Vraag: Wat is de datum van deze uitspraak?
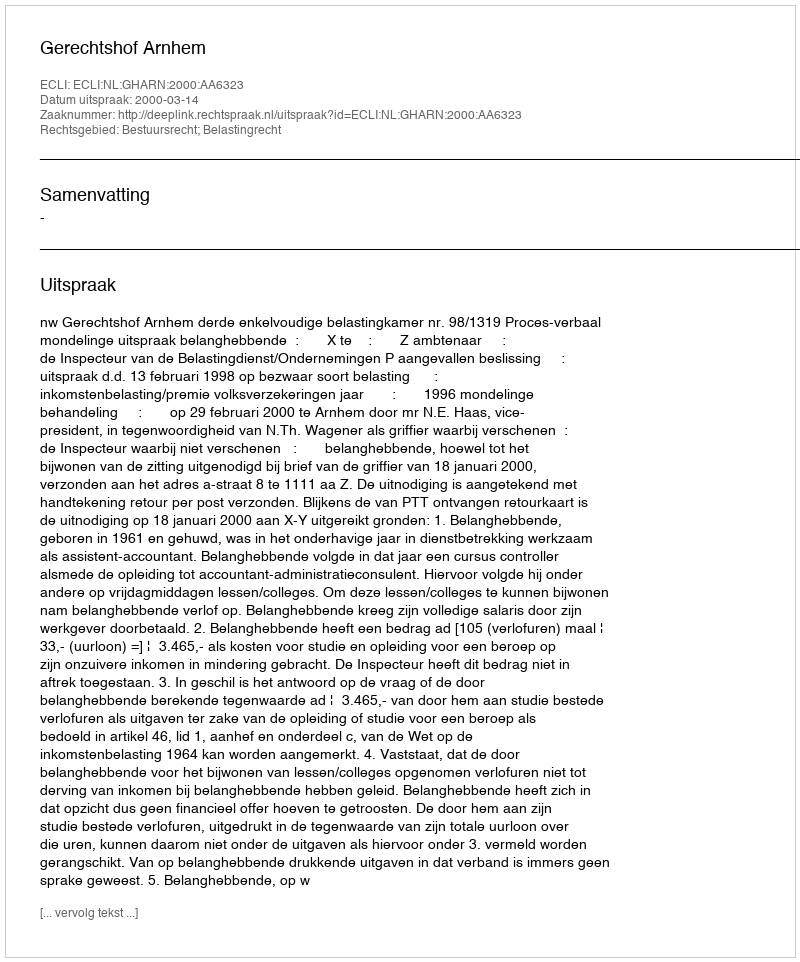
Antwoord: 2000-03-14